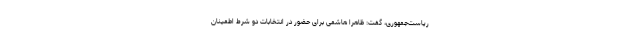
ریاست‌جمهوری، گفت: ظاهرا هاشمی برای حضور در انتخابات دو شرط اطمینان